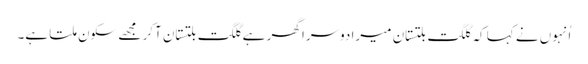
اُنہوں نے کہا کہ گلگت بلتستان میرا دوسرا گھر ہے گلگت بلتستان آکر مجھے سکون ملتا ہے۔